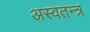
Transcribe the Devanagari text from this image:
अस्वतन्त्र